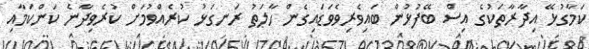
ކަމާގުޅޭ އިދާރާތަކުގެ އިސް ބޭފުޅުން ބައިވެރިވެވަޑައިގެން ހާލަތު ރަނގަޅު ކުރެއްވުމަށް ކުރެވިދާނެ ކަންކަމާއި